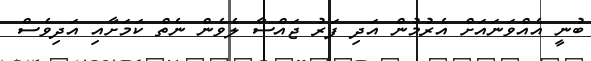
ބުނީ އެއްވަނައަށް އެރުމުން އަދި ފަރު ޖައްސާ ލެވެން ނެތް ކަމަށާއި އަދިވެސް